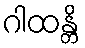
ဂါထန္တိ